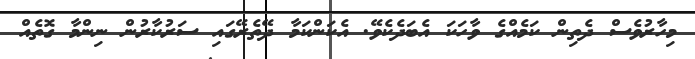
މިހާރުވެސް ދެތިން ކަމެއްގެ ވާހަކަ އެބަދެކެވޭ. އެކަންކަމާ ދޭތެރޭގައި ސަރުކާރުން ނިންމާ ގޮތެއް